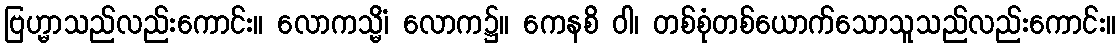
ဗြဟ္မာသည်လည်းကောင်း။ လောကသ္မိံ၊ လောက၌။ ကေနစိ ဝါ၊ တစ်စုံတစ်ယောက်သောသူသည်လည်းကောင်း။